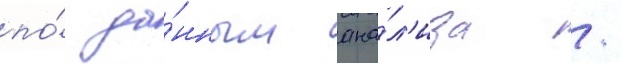
по́ да́нным ана́л'иза /